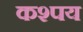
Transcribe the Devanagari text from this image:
कश्पय